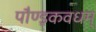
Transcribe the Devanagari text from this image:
पौण्ड्रकवधम्